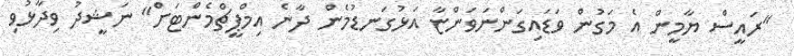
"ރައީސް ޔާމީން އެ މަގުން ވަޑައިގަންނަވަންޏާ އަޅުގަނޑުމެން ދާނެ އިމްޕީޗްމެންޓަށް" ނަޝީދު ވިދާޅުވި